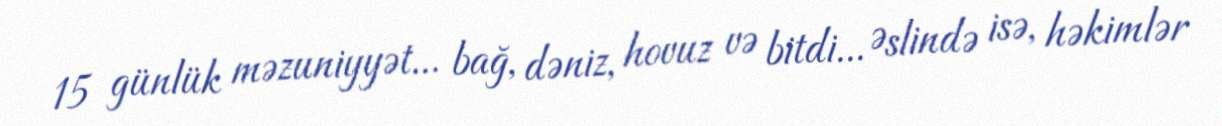
15 günlük məzuniyyət... bağ, dəniz, hovuz və bitdi... Əslində isə, həkimlər